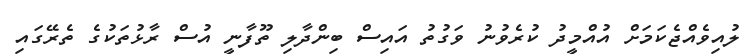
ލުއިވެއްޖެކަމަށް އުއްމީދު ކުރެވުނު ވަގުތު އައިސް ބިންދާލި ތޫފާނީ އުސް ރާޅުތަކުގެ ތެރޭގައި